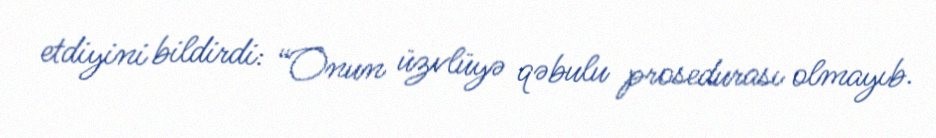
etdiyini bildirdi: “Onun üzvlüyə qəbulu prosedurası olmayıb.